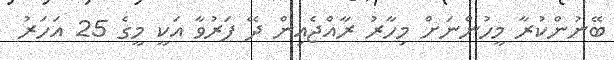
ބޭނުންކުރާ މީހުންނަށް މިހާރު ރާއްޖެއިން ދޭ ފަރުވާ އަކީ މީގެ 25 އަހަރު